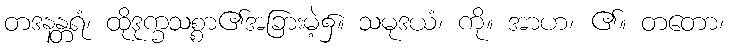
တဒနန္တရံ၊ ထိုဒုက္ခသစ္စာ၏အခြားမဲ့၌။ သမုဒယံ၊ ကို။ အာဟ၊ ၏။ တတော၊